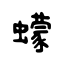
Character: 蠓